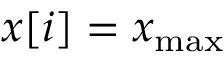
x [ i ] = x _ { \mathrm { m a x } }